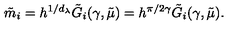
\tilde { m } _ { i } = h ^ { 1 / d _ { \lambda } } \tilde { G } _ { i } ( \gamma , \tilde { \mu } ) = h ^ { \pi / 2 \gamma } \tilde { G } _ { i } ( \gamma , \tilde { \mu } ) .